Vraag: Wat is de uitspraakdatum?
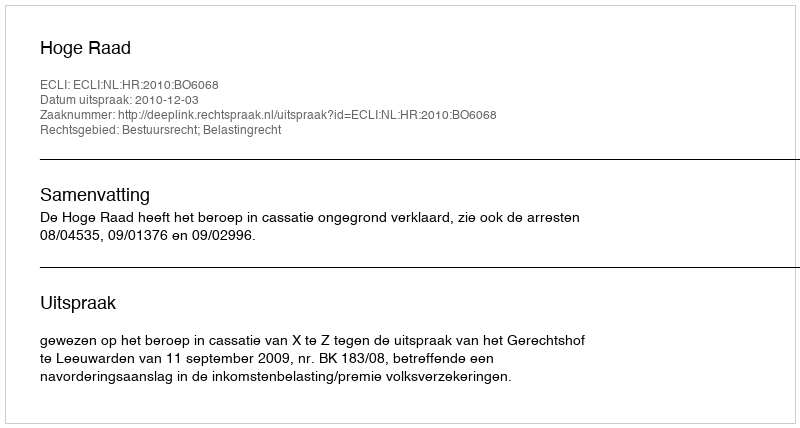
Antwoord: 2010-12-03